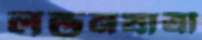
লন্ডনযাত্রী